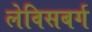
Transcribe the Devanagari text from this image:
लेविसबर्ग